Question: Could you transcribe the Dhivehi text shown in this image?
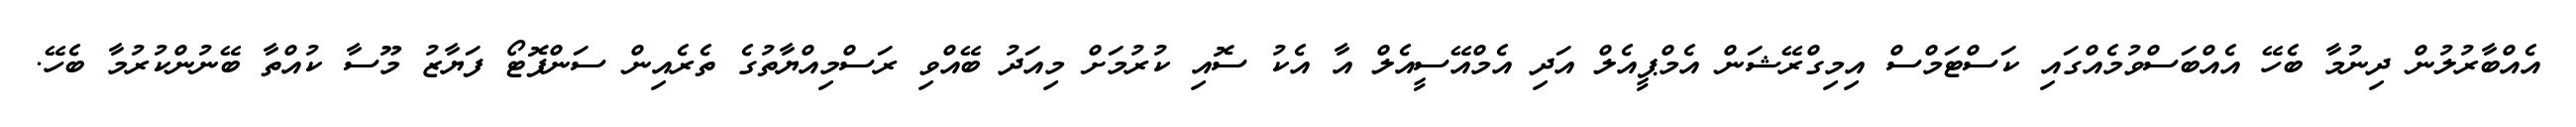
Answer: އެއްބާރުލުން ދިނުމާ ބެހޭ އެއްބަސްވުމެއްގައި ކަސްޓަމްސް އިމިގްރޭޝަން އެމްޕީއެލް އަދި އެމްއޭސީއެލް އާ އެކު ސޮއި ކުރުމަށް މިއަދު ބޭއްވި ރަސްމިއްޔާތުގެ ތެރެއިން ސަންފޮޓޯ ފަޔާޒު މޫސާ ކުއްތާ ބޭނުންކުރުމާ ބެހޭ.